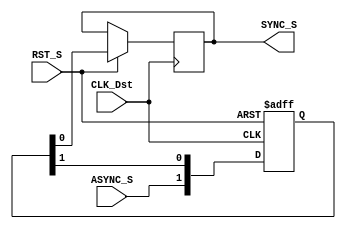
module Sync #(
parameter NUM_STAGES=2
)(
input  wire ASYNC_S ,
input  wire RST_S,
input  wire CLK_Dst,
output reg  SYNC_S
);

reg [NUM_STAGES-1:0] Synchronizer;
integer ii;

always @ (posedge CLK_Dst or negedge RST_S)
    begin
        ii=0;
		if (!RST_S)
			begin
                Synchronizer <= 'd0;
            end
        else 
            begin
                Synchronizer [NUM_STAGES-1] <= ASYNC_S ;
                SYNC_S <= Synchronizer [0];
                for (ii=NUM_STAGES-1;ii>0; ii=ii-1)
                    begin
                    Synchronizer [ii-1] <= Synchronizer [ii];
                    end
            end
    end
endmodule